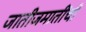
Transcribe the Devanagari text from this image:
जातीजमातींची